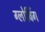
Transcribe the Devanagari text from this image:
ग्लोबिंग